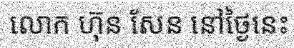
លោក ហ៊ុន សែន នៅថ្ងៃនេះ